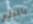
بالكم